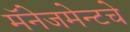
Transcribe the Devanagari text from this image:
मॅनेजमेन्टचे